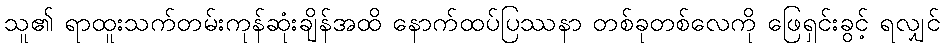
သူ၏ ရာထူးသက်တမ်းကုန်ဆုံးချိန်အထိ နောက်ထပ်ပြဿနာ တစ်ခုတစ်လေကို ဖြေရှင်းခွင့် ရလျှင်